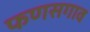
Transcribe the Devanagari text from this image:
फणसगाव